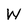
Character: W